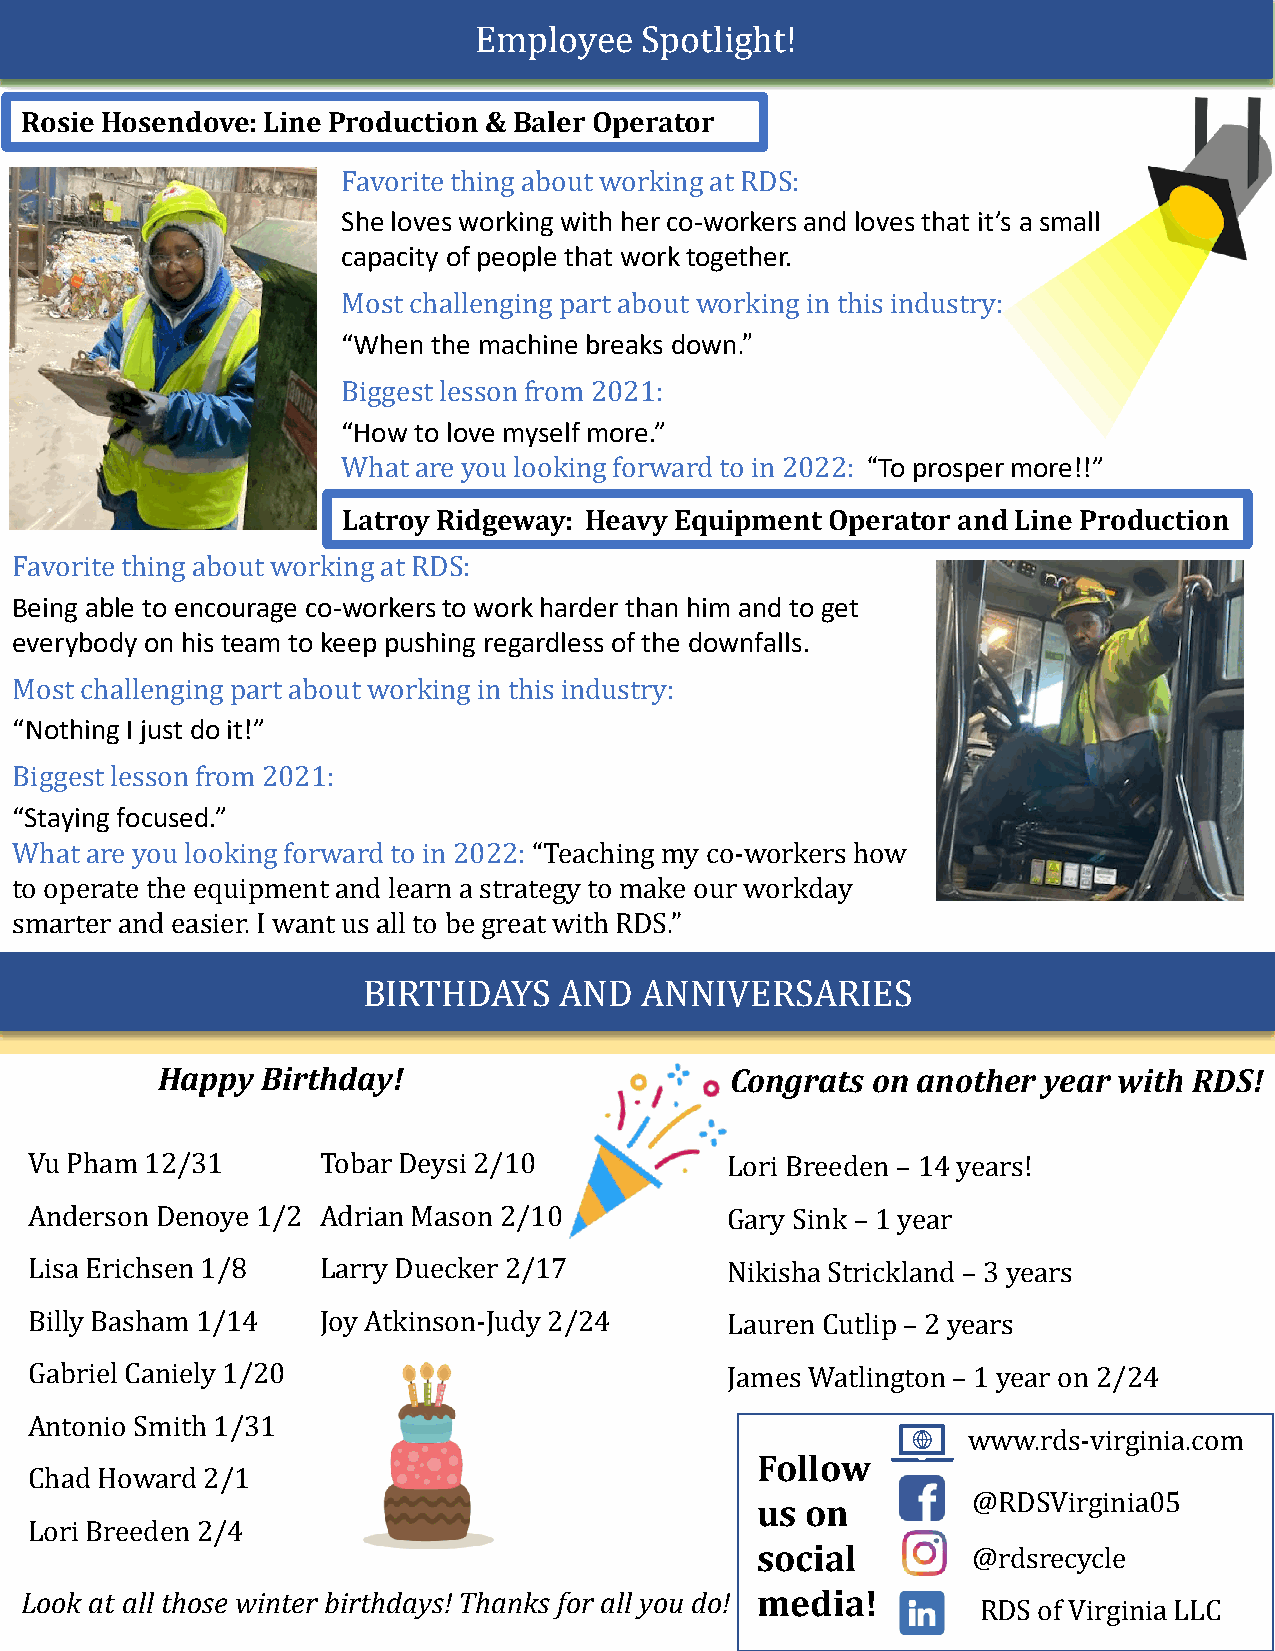
Employee   Spotlight!
 RosieHosendove:Line  Production & Baler Operator
 Favoritethingabout working at RDS:
 She loves working with her co-workers and loves that it’s a small
 capacity of people that work together.
 Most challengingpart about workingin thisindustry:
 “When the machine breaks down.”
 Biggestlessonfrom 2021:
 “How to love myself more.”
 What are you looking forward to in 2022: “To prosper more!!”
 LatroyRidgeway: HeavyEquipmentOperator  and Line Production
 Favoritethingabout working at RDS:
 Being able to encourage co-workers to work harder than him and to get
 everybody on his team to keep pushing regardless of the downfalls.
 Most challengingpart about workingin thisindustry:
 “Nothing I just do it!”
 Biggestlessonfrom 2021:
 “Staying focused.”
 What are you looking forward to in 2022: “Teachingmy co-workers how
 to operate the equipment and learn a strategy to make our workday
 smarter and easier. I want us all to be great with RDS.”
 BIRTHDAYS    AND  ANNIVERSARIES
 Happy  Birthday!                      Congrats  on another year with RDS!
 Vu Pham 12/31      Tobar Deysi 2/10           Lori Breeden – 14 years!
 Anderson Denoye 1/2 Adrian Mason 2/10         Gary Sink – 1 year
 Lisa Erichsen 1/8  Larry Duecker 2/17         Nikisha Strickland – 3 years
 Billy Basham 1/14  Joy Atkinson-Judy 2/24     Lauren Cutlip – 2 years
 Gabriel Caniely 1/20                          James Watlington – 1 year on 2/24
 Antonio Smith 1/31
 www.rds-virginia.com
 Follow
 Chad Howard 2/1
 @RDSVirginia05
 us on
 Lori Breeden 2/4
 social        @rdsrecycle
 Look at all those winter birthdays! Thanks for all you do! media!
 RDS of Virginia LLC